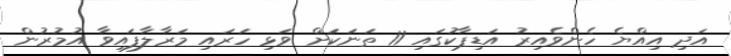
އަދި އިއްޔެ ހެންވެއިރު އަޑިޕާކުގައި 11 ތަނަކަށް ވަޅި ހަރައި މަރާލާފައިވާ އުމުރުން